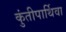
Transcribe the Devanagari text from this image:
कुंतीपार्थिवा